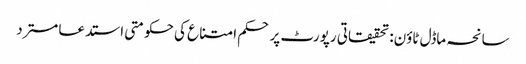
سانحہ ماڈل ٹاؤن: تحقیقاتی رپورٹ پر حکم امتناع کی حکومتی استدعا مسترد